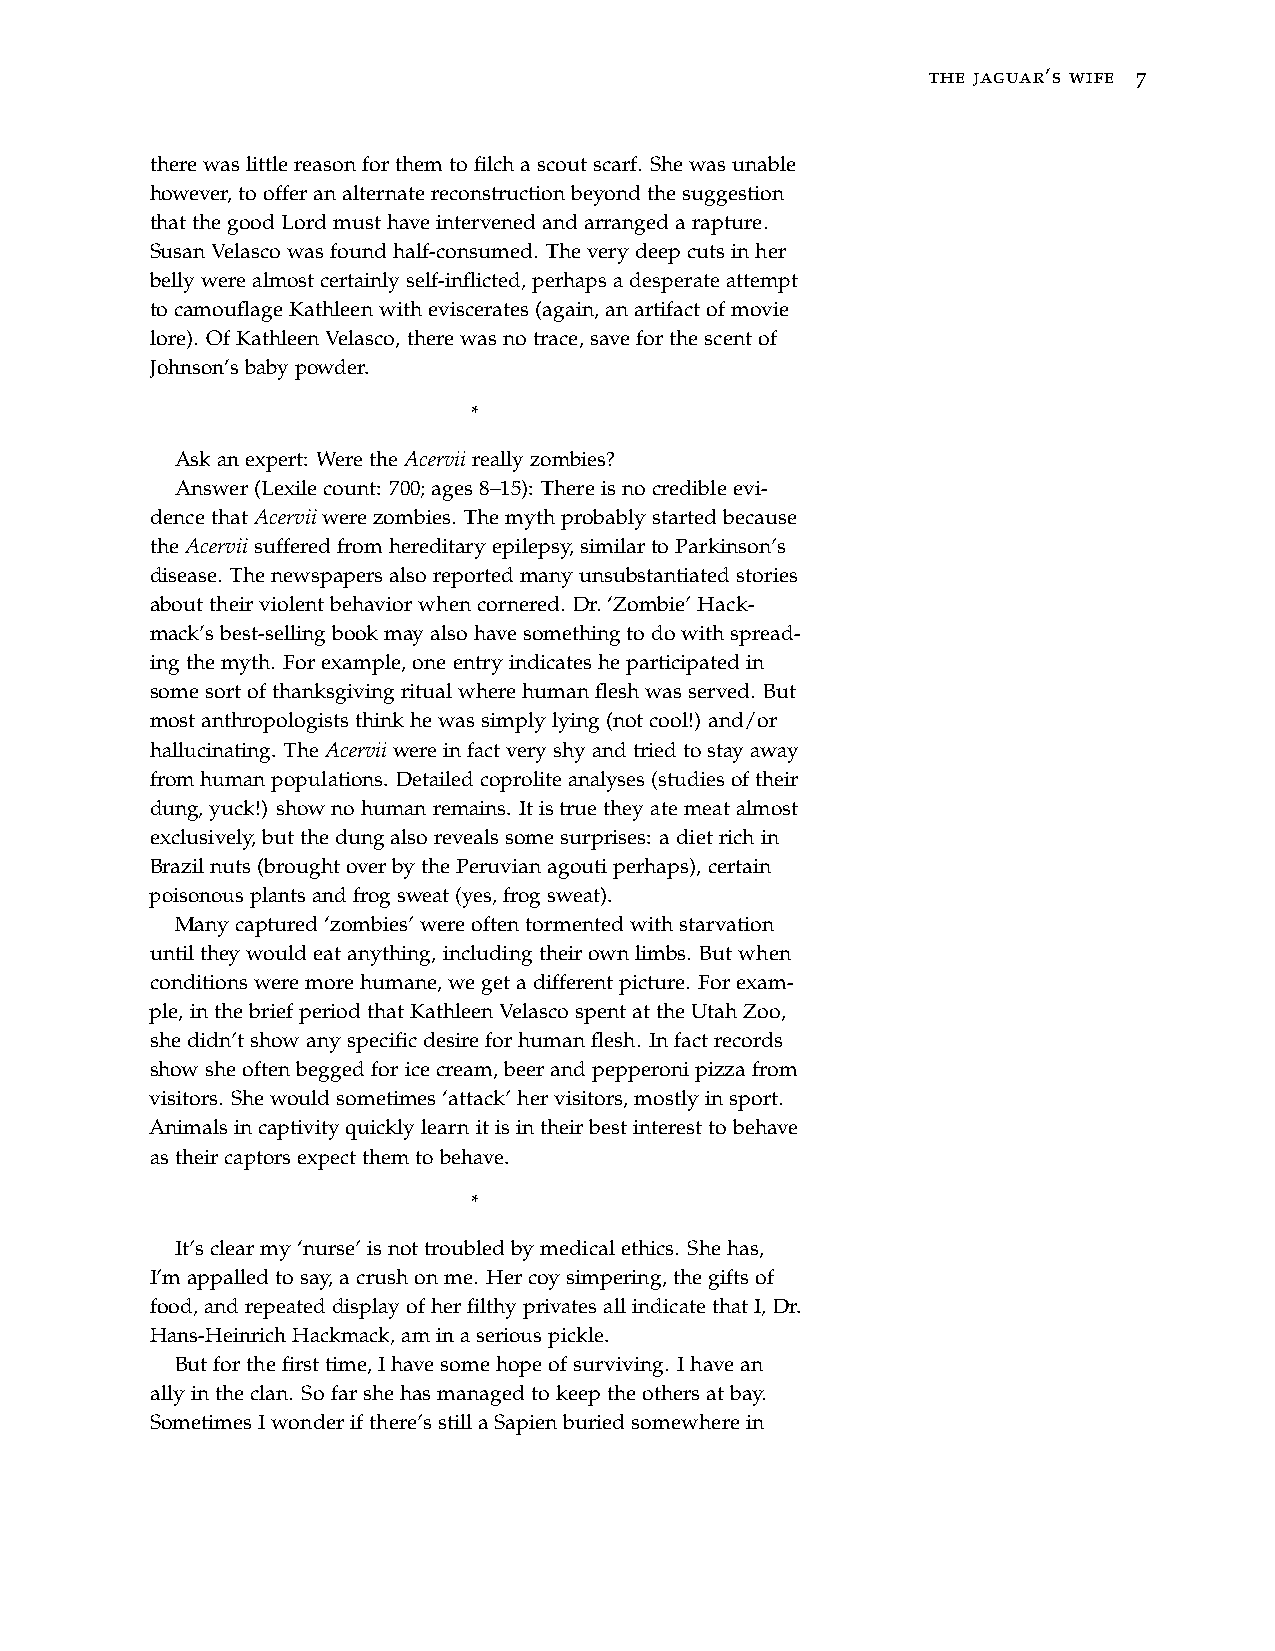
the jaguar’s wife 7
 therewaslittlereasonforthemtofilchascoutscarf. Shewasunable
 however,toofferanalternatereconstructionbeyondthesuggestion
 thatthegoodLordmusthaveintervenedandarrangedarapture.
 SusanVelascowasfoundhalf-consumed. Theverydeepcutsinher
 bellywerealmostcertainlyself-inflicted,perhapsadesperateattempt
 tocamouflageKathleenwitheviscerates(again,anartifactofmovie
 lore). OfKathleenVelasco,therewasnotrace,saveforthescentof
 Johnson’sbabypowder.
 *
 Askanexpert: WeretheAcerviireallyzombies?
 Answer(Lexilecount: 700;ages8–15): Thereisnocredibleevi-
 dencethatAcerviiwerezombies. Themythprobablystartedbecause
 theAcerviisufferedfromhereditaryepilepsy,similartoParkinson’s
 disease. Thenewspapersalsoreportedmanyunsubstantiatedstories
 abouttheirviolentbehaviorwhencornered. Dr.‘Zombie’Hack-
 mack’sbest-sellingbookmayalsohavesomethingtodowithspread-
 ingthemyth. Forexample,oneentryindicatesheparticipatedin
 somesortofthanksgivingritualwherehumanfleshwasserved. But
 mostanthropologiststhinkhewassimplylying(notcool!) and/or
 hallucinating. TheAcerviiwereinfactveryshyandtriedtostayaway
 fromhumanpopulations. Detailedcoproliteanalyses(studiesoftheir
 dung,yuck!) shownohumanremains. Itistruetheyatemeatalmost
 exclusively,butthedungalsorevealssomesurprises: adietrichin
 Brazilnuts(broughtoverbythePeruvianagoutiperhaps),certain
 poisonousplantsandfrogsweat(yes,frogsweat).
 Manycaptured‘zombies’wereoftentormentedwithstarvation
 untiltheywouldeatanything,includingtheirownlimbs. Butwhen
 conditionsweremorehumane,wegetadifferentpicture. Forexam-
 ple,inthebriefperiodthatKathleenVelascospentattheUtahZoo,
 shedidn’tshowanyspecificdesireforhumanflesh. Infactrecords
 showsheoftenbeggedforicecream,beerandpepperonipizzafrom
 visitors. Shewouldsometimes‘attack’hervisitors,mostlyinsport.
 Animalsincaptivityquicklylearnitisintheirbestinteresttobehave
 astheircaptorsexpectthemtobehave.
 *
 It’sclearmy‘nurse’isnottroubledbymedicalethics. Shehas,
 I’mappalledtosay,acrushonme. Hercoysimpering,thegiftsof
 food,andrepeateddisplayofherfilthyprivatesallindicatethatI,Dr.
 Hans-HeinrichHackmack,aminaseriouspickle.
 Butforthefirsttime,Ihavesomehopeofsurviving. Ihavean
 allyintheclan. Sofarshehasmanagedtokeeptheothersatbay.
 SometimesIwonderifthere’sstillaSapienburiedsomewherein